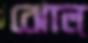
ঝোল্‌